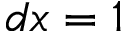
d x = 1